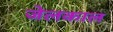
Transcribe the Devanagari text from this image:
जेलकाल